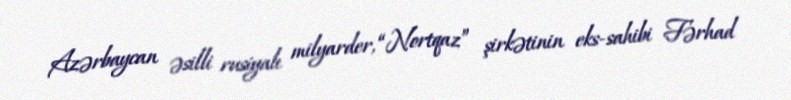
Azərbaycan əsilli rusiyalı milyarder, “Nortqaz” şirkətinin eks-sahibi Fərhad